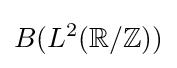
B(L^{2}(\mathbb {R} /\mathbb {Z} ))